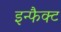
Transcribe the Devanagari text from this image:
इन्फैक्ट